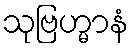
သုဗြဟ္မာနံ